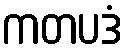
ကတပဒံ